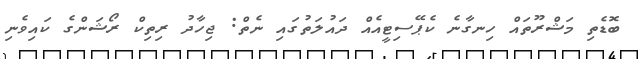
ބޮޑެތި މަޝްރޫތައް ހިނގާނެ ކެޕޭސިޓީއެއް ދައުލަތުގައި ނެތް: ޖިހާދު ރިތިކް ރޯޝަންގެ ކައިވެނި